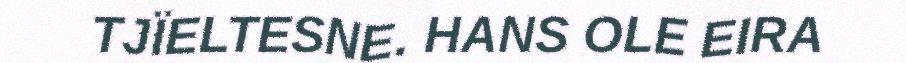
TJÏELTESNE. HANS OLE EIRA